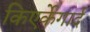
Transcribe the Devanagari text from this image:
किएर्केगार्द